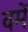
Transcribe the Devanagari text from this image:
वमें